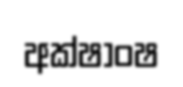
අක්ෂාංෂ